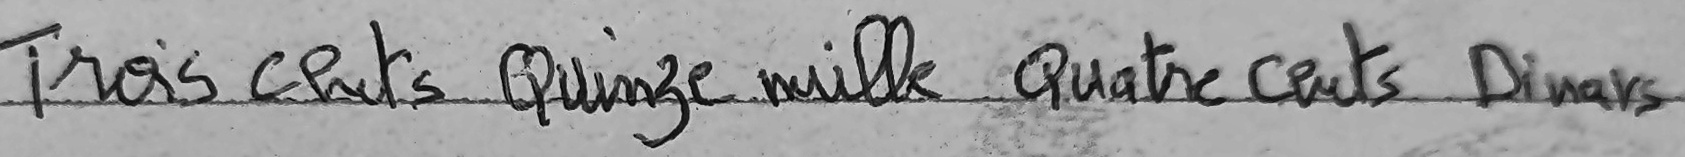
Trois cent Quinze mille Quatre cents Dinars